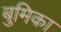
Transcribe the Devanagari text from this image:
बुमिका